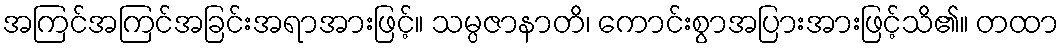
အကြင်အကြင်အခြင်းအရာအားဖြင့်။ သမ္ပဇာနာတိ၊ ကောင်းစွာအပြားအားဖြင့်သိ၏။ တထာ